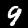
Digit: 9